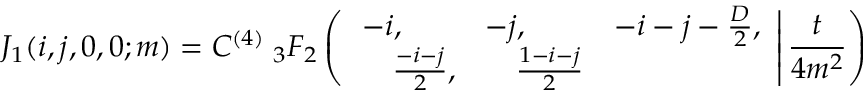
J _ { 1 } ( i , j , 0 , 0 ; m ) = C ^ { ( 4 ) } \; _ { 3 } F _ { 2 } \left( \left. \begin{array} { l l l } { { - i , } } & { { - j , } } & { { - i - j - \frac { D } { 2 } , } } \\ { { \quad \frac { - i - j } { 2 } , } } & { { \quad \frac { 1 - i - j } { 2 } } } \end{array} \right| \frac { t } { 4 m ^ { 2 } } \right)